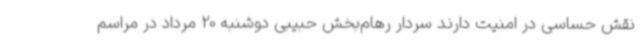
نقش حساسی در امنیت دارند سردار رهام‌بخش حبیبی دوشنبه 20 مرداد در مراسم